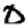
Digit: 0